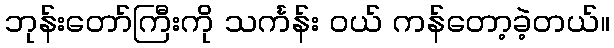
ဘုန်းတော်ကြီးကို သင်္ကန်း ဝယ် ကန်တော့ခဲ့တယ်။